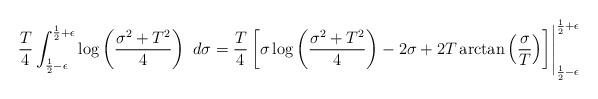
LaTeX: \begin{align*} \frac{T}{4}\int_{\frac{1}{2}-\epsilon}^{\frac{1}{2}+\epsilon}\log \left(\frac{\sigma^2+T^2}{4}\right)\ d\sigma=\frac{T}{4}\left[\sigma\log \left(\frac{\sigma^2+T^2}{4}\right)-2\sigma+2T\arctan\left(\frac{\sigma}{T}\right)\right]\Biggr|_{\frac{1}{2}-\epsilon}^{\frac{1}{2}+\epsilon} \end{align*}